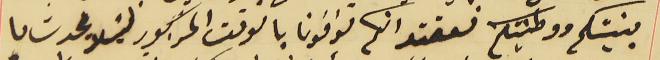
بنيتكم ووطنيتكم نعتقد انكم توافونا بالوقت المذكور ليَلا يحدث ما